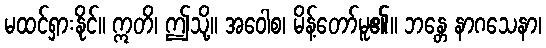
မထင်ရှားနိုင်။ ဣတိ၊ ဤသို့။ အဝေါစ၊ မိန့်တော်မူ၏။ ဘန္တေ နာဂသေနာ၊